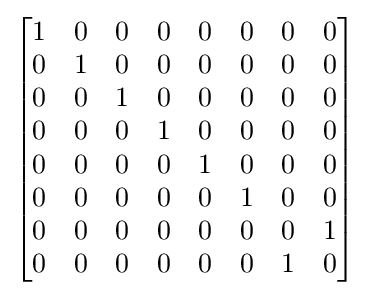
{\begin{bmatrix}1&0&0&0&0&0&0&0\\0&1&0&0&0&0&0&0\\0&0&1&0&0&0&0&0\\0&0&0&1&0&0&0&0\\0&0&0&0&1&0&0&0\\0&0&0&0&0&1&0&0\\0&0&0&0&0&0&0&1\\0&0&0&0&0&0&1&0\\\end{bmatrix}}